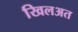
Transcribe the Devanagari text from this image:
खिलअत